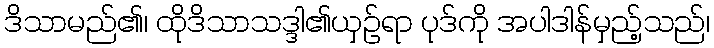
ဒိသာမည်၏၊ ထိုဒိသာသဒ္ဒါ၏ယှဉ်ရာ ပုဒ်ကို အပါဒါန်မှည့်သည်၊